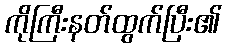
ကိုကြီးနတ်ထွက်ပြီး၏